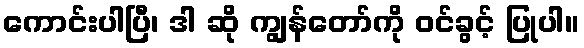
ကောင်းပါပြီ၊ ဒါ ဆို ကျွန်တော်ကို ဝင်ခွင့် ပြုပါ။